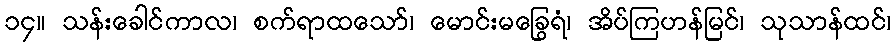
၁၄။ သန်းခေါင်ကာလ၊ စက်ရာထသော်၊ မောင်းမခြွေရံ၊ အိပ်ကြဟန်မြင်၊ သုသာန်ထင်၊